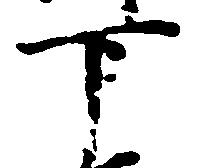
下